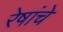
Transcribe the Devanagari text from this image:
रेषांचे